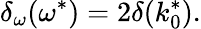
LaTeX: \delta_{\omega}(\omega^{*})=2\delta(k_{0}^{*}).